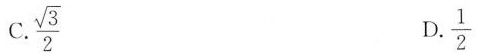
C. \frac{\sqrt{3}}{2} D. \frac{1}{2}